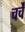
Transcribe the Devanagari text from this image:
चर्चें